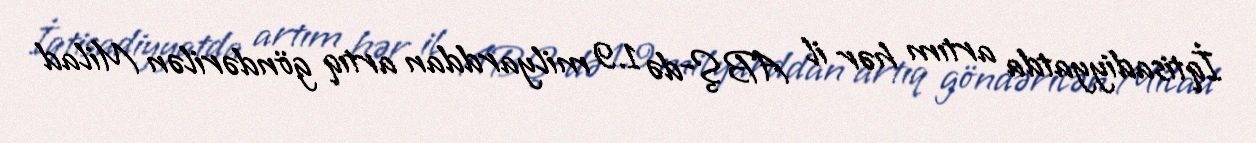
İqtisadiyyatda artım hər il ABŞ-də 1.9 milyarddan artıq göndərilən Milad